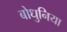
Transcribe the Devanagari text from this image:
बोधुनिया